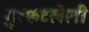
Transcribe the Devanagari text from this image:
गुरफटलेली